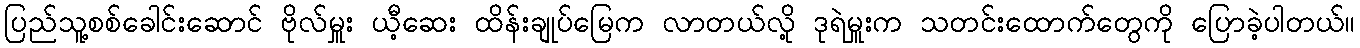
ပြည်သူ့စစ်ခေါင်းဆောင် ဗိုလ်မှူး ယီ့ဆေး ထိန်းချုပ်မြေက လာတယ်လို့ ဒုရဲမှူးက သတင်းထောက်တွေကို ပြောခဲ့ပါတယ်။